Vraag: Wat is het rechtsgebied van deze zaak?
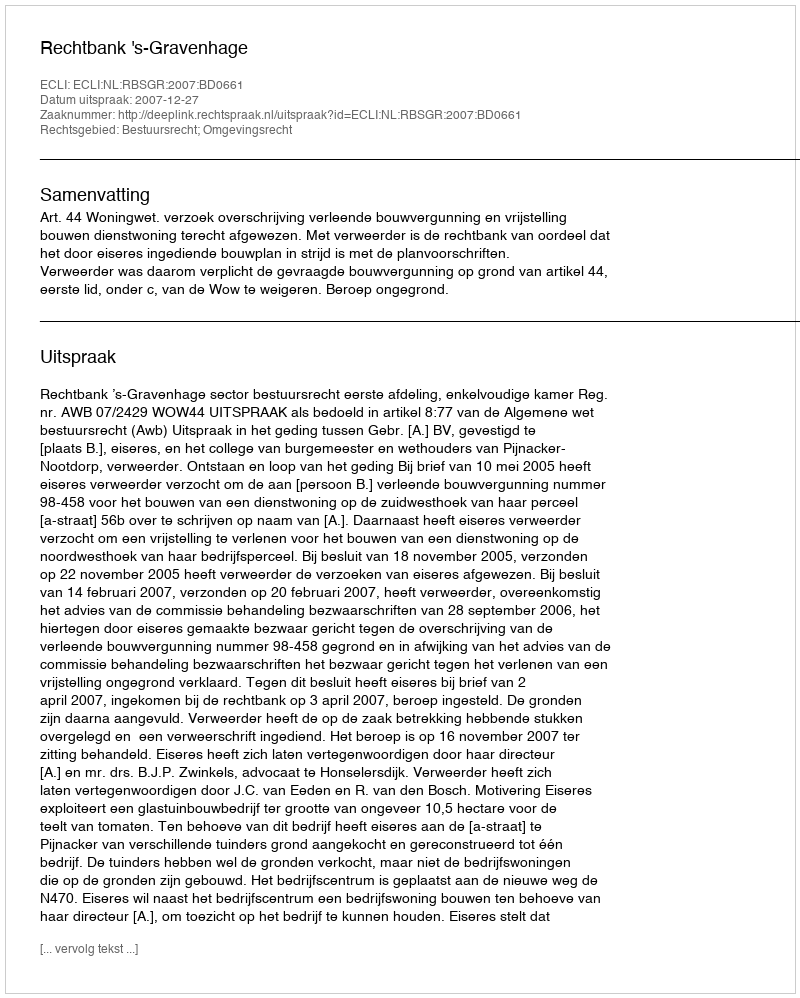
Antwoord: Bestuursrecht; Omgevingsrecht